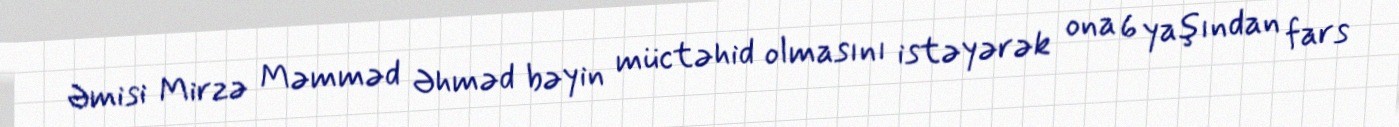
Əmisi Mirzə Məmməd Əhməd bəyin müctəhid olmasını istəyərək ona 6 yaşından fars